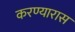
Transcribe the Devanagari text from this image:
करण्यारास